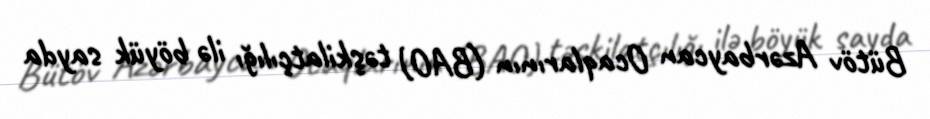
Bütöv Azərbaycan Ocaqlarının (BAO) təşkilatçılığı ilə böyük sayda